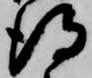
得